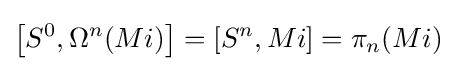
\left[S^{0},\Omega ^{n}(Mi)\right]=\left[S^{n},Mi\right]=\pi _{n}(Mi)